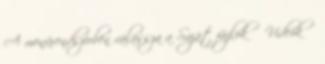
A menürendszerben válassza a Saját fájlok → Videók →